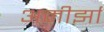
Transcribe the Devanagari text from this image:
अमीर्झा